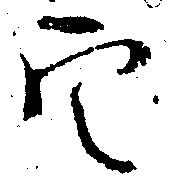
定